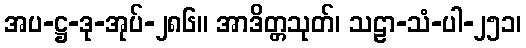
အပ-ဋ္ဌ-ဒု-အုပ်-၂၈၆။ အာဒိတ္တသုတ်၊ သဠာ-သံ-ပါ-၂၅၁၊